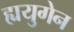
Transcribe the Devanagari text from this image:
ह्ययुगेन